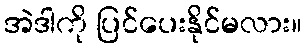
အဲဒါကို ပြင်ပေးနိုင်မလား။